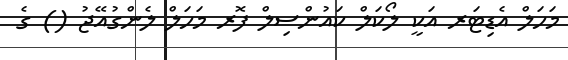
މަހަލް އެޑިޓަރ އަކީ ލޯކަލް ކައުންސިލް ފޮރ މަހަލް ލެންގުއޭޖު () ގެ